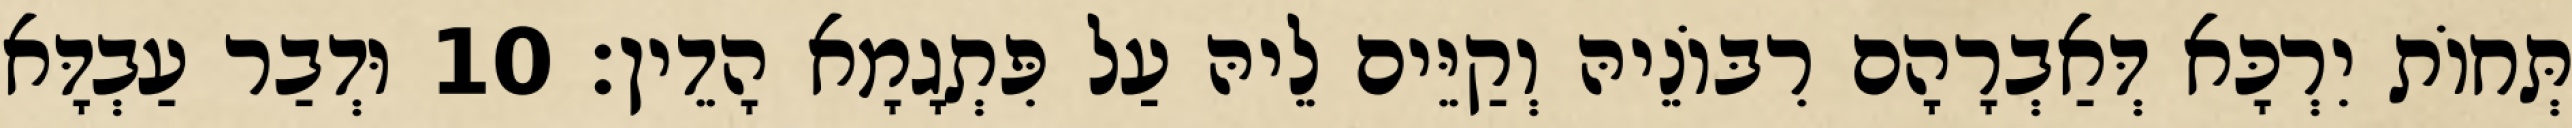
תְּחוֹת יִרְכָּא דְּאַבְרָהָם רִבּוֹנֵיהּ וְקַיֵּים לֵיהּ עַל פִּתְגָמָא הָדֵין׃ 10 וּדְבַר עַבְדָּא